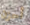
أحزن